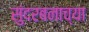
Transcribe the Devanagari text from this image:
सुंदरबनाच्या